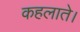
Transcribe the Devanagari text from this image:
कहलाते।